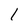
Character: 1